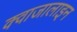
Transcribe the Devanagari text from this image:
क्वाजालाइन